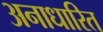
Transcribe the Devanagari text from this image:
अनाधारित